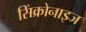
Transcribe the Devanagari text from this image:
सिंक्रोनाइज